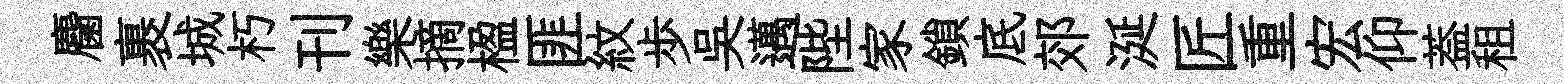
麕裹城朽刊樂摘楹匪紋歩吴邁陛家鎖底郊涎匠重宏仰葢租